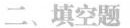
二、填空题